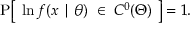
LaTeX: \operatorname { P } \! { \big [ } \; \ln f ( x \mid \theta ) \; \in \; C ^ { 0 } ( \Theta ) \; { \big ] } = 1 .